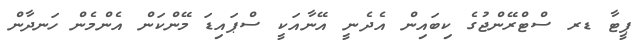
ޕީޓާ ޑރ ސްޓްރޭންޖުގެ ކިބައިން އެދެނީ އޭނާއަކީ ސްޕައިޑަ މޭންކަން އެންމެން ހަނދާން